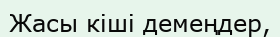
Жасы кіші демеңдер,